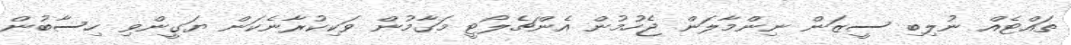
ތައްޓެއް ނުލިބި ސީޒަން ނިންމާލަން ޖެހުމުން އެންޗެލޯޓީ މަގާމުން ވަކިކުރާނެކަން ޔަގީންވި ހިސާބުން